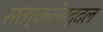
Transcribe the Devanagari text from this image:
सतर्कतेबद्दल